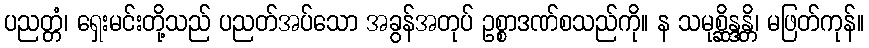
ပညတ္တံ၊ ရှေးမင်းတို့သည် ပညတ်အပ်သော အခွန်အတုပ် ဥစ္စာဒဏ်စသည်ကို။ န သမုစ္ဆိန္ဒန္တိ၊ မဖြတ်ကုန်။